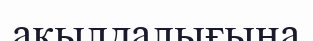
ақылдалығына